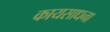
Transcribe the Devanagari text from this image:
कायसाधना